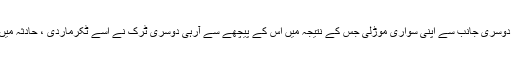
ٹکراؤ سے بچنے کے لیے اس نے دوسری جانب سے اپنی سواری موڑلی جس کے نتیجہ میں اس کے پیچھے سے آرہی دوسری ٹرک نے اسے ٹکرماردی ، حادثہ میں دونوں سواریوں کو نقصان ہوا ہے۔